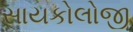
સાયકોલોજી